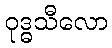
ဝုဒ္ဓသီလော